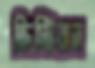
ক্রিস্টিয়ান